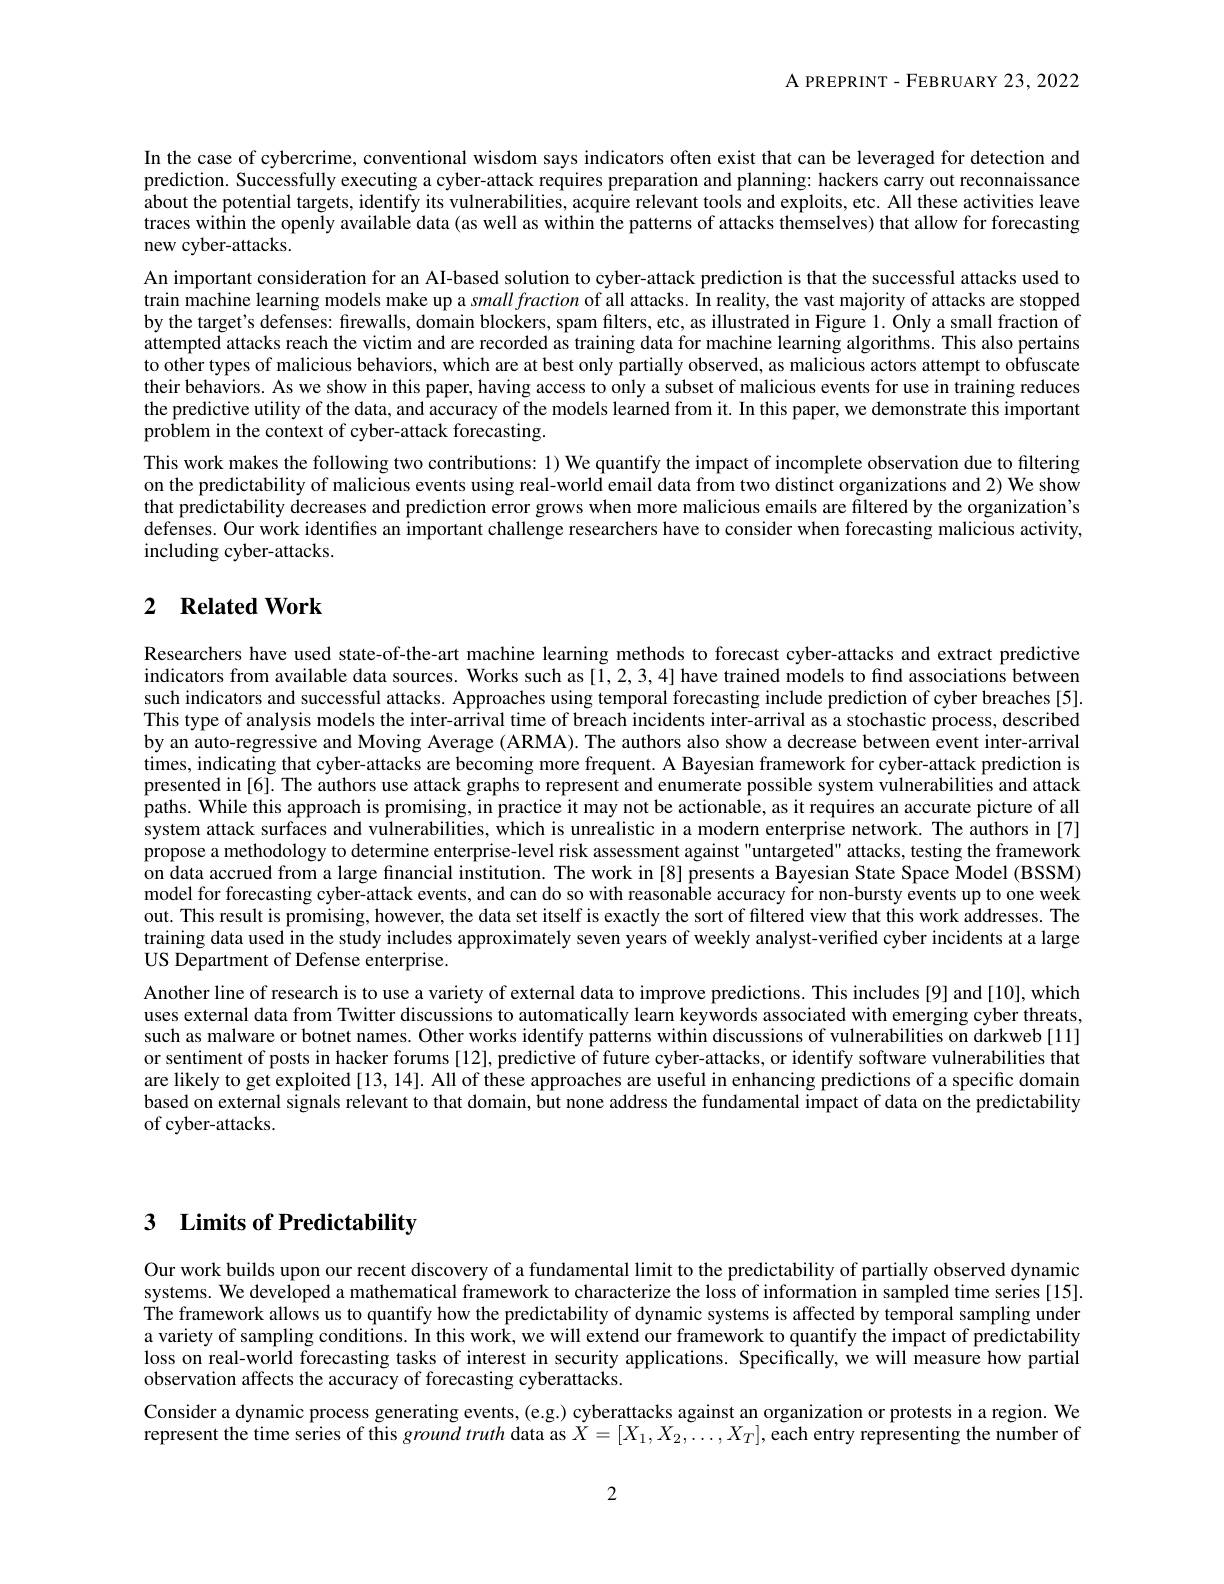
A PREPRINT- FEBRUARY 23, 2022

In the case of cybercrime, conventional wisdom says indicators often exist that can be leveraged for detection and prediction. Successfully executing a cyber-attack requires preparation and planning: hackers carry out reconnaissance about the potential targets, identify its vulnerabilities, acquire relevant tools and exploits, etc. All these activities leave traces within the openīy available data (as well as within the patterns of attacks themselves) that allow for forecasting new cyber-attacks.
An important consideration for an AI-based solution to cyber-attack prediction is that the successful attacks used to train machine learning models make up a $small\textit{fraction of all attacks. In reality, the vast majority of attacks are stopped}$ by the target's defenses: firewalls, domain blockers, spam filters, etc, as illustrated in Figure 1. Only a small fraction of attempted attacks reach the victim and are recorded as training data for machine learning algorithms. This also pertains to other types of malicious behaviors, which are at best only partially observed, as malicious actors attempt to obfuscate their behaviors. As we show in this paper, having access to only a subset of malicious events for use in training reduces the predictive utility of the data, and accuracy of the models learned from it. In this paper, we demonstrate this important problem in the context of cyber-attack forecasting.
This work makes the following two contributions: 1) We quantify the impact of incomplete observation due to filtering on the predictability of malicious events using real-world email data from two distinct organizations and 2) We show that predictability decreases and prediction error grows when more malicious emails are filtered by the organization's defenses. Our work identifes an important challenge researchers have to consider when forecasting malicious activity, including cyber-attacks.

## 2 $\textbf{Related Work}$

Researchers have used state-of-the-art machine learning methods to forecast cyber-attacks and extract predictive indicators from available data sources. Works such as [1,2,3,4] have trained models to find associations between such indicators and successful attacks. Approaches using temporal forecasting include prediction of cyber breaches[5]. This type of analysis models the inter-arrival time of breach incidents inter-arrival as a stochastic process, described by an auto-regressive and Moving Average (ARMA). The authors also show a decrease between event inter-arrival times, indicating that cyber-attacks are becoming more frequent. A Bayesian framework for cyber-attack prediction is presented in [6]. The authors use attack graphs to represent and enumerate possible system vulnerabilities and attack paths. While this approach is promising, in practice it may not be actionable, as it requires an accurate picture of all system attack surfaces and vulnerabilities, which is unrealistic in a modern enterprise network. The authors in [7] propose a methodology to determine enterprise-level risk assessment against"untargeted" attacks, testing the framework on data accrued from a large financial institution. The work in [8] presents a Bayesian State Space Model (BSSM) model for forecasting cyber-attack events, and can do so with reasona$\hat{\text{ble accuracyfor non-burstyevents up to one week}}$ out. This result is promising, however, the data set itself is exactly the sort of filtered view that this work addresses. The training data used in the study includes approximately seven years of weekly analyst-veriffed cyber incidents at a large US Department of Defense enterprise.
Another line of research is to use a variety of external data to improve predictions. This includes [9] and [10], which uses external data from Twitter discussions to automatically learn keywords associated with emerging cyber threats, such as malware or botnet names. Other works identify patterns within discussions of vulnerabilities on darkweb[11] or sentiment of posts in hacker forums [12], predictive of future cyber-attacks, or identify software vulnerabilities that are likely to get exploited [13, 14]. All of these approaches are useful in enhancing predictions of a specific domain based on external signals relevant to that domain, but none address the fundamental impact of data on the predictability of cyber-attacks.

# 3 Limits of Predictability

Our work builds upon our recent discovery of a fundamental limit to the predictability of partially observed dynamic systems. We developed a mathematical framework to characterize the loss of information in sampled time series [15]. $\dot{\text{The framework allows us to quantify how the predictability of dynamic systems is affected by temporal sampling under}}$ a variety of sampling conditions. In this work, we will extend our framework to quantify the impact of predictability loss on real-world forecasting tasks of interest in security applications. Specifically, we will measure how partial observation affects the accuracy of forecasting cyberattacks.
Consider a dynamic process generating events, (e.g.) cyberattacks against an organization or protests in a region. We represent the time series of this $ground\textit{truth data as }\tilde{X} = [ X_1, X_2, \ldots , X_T] , \tilde{\text{each entry representing the number of}}$

2